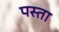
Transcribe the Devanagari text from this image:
पस्ता